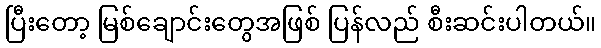
ပြီးတော့ မြစ်ချောင်းတွေအဖြစ် ပြန်လည် စီးဆင်းပါတယ်။